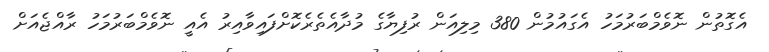
އެގޮތުން ނޮވެމްބަރުމަހު އެގައުމުން 380 މިލިއަން ރުފިޔާގެ މުދާއެތެރެކޮށްފައިވާއިރު އެއީ ނޮވެމްބަރުމަހު ރާއްޖެއަށް